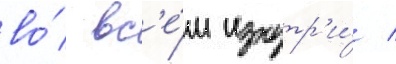
во́ вс'е́м изнутр'и́ /